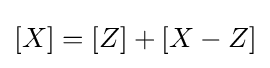
[X]=[Z]+[X-Z]